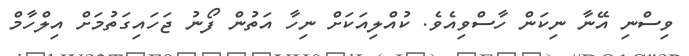
ވިސްނި އޭނާ ނިކަން ހާސްވިއެވެ. ކުއްލިއަކަށް ނިހާ އަތުން ފޯނު ޖަހައިގަތުމަށް އިލްހާމް